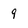
Character: 9